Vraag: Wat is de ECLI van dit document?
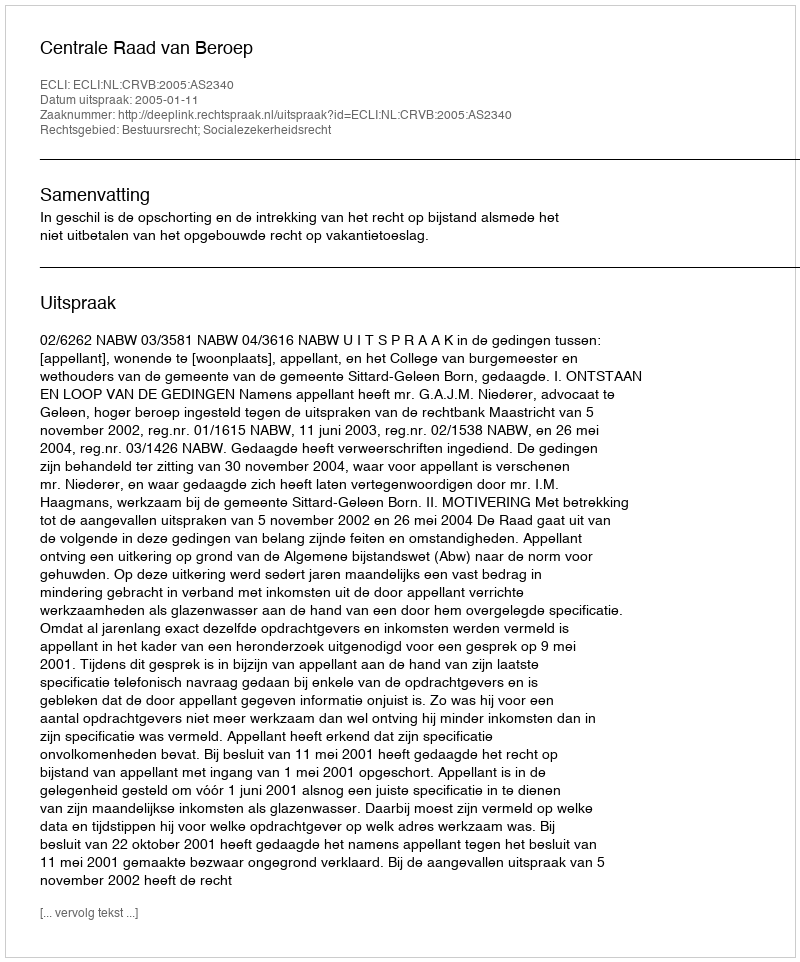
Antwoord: ECLI:NL:CRVB:2005:AS2340